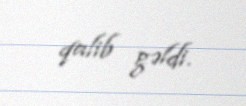
qalib gəldi.